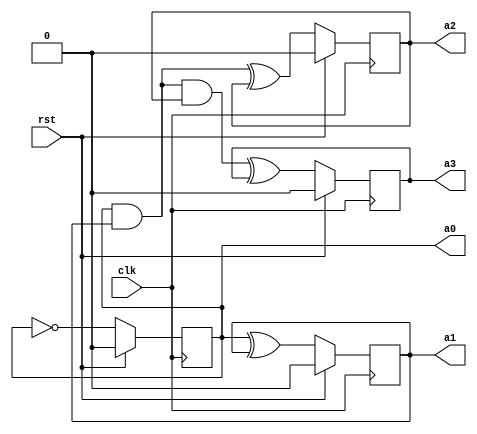
`timescale 1ns / 1ps

module counter4bit1(clk, rst, a0,a1,a2,a3
    );
	input clk, rst;
	output a0, a1, a2, a3;
	reg a0, a1, a2, a3;
	
	always @ (posedge clk)
    begin
      //a0 impl.
       if (rst)
         a0 <= 1'b0;
       else
         a0 <= ~a0;

       //a1 impl.
       if (rst)
         a1 <= 1'b0;
       else
         a1 <= a0 ^ a1;

       //a2 impl.
       if (rst)
         a2 <= 1'b0;
       else
         a2 <= (a0 & a1) ^ a2;

       //a3 impl.
       if (rst)
         a3 <= 1'b0;
       else
         a3 <= ((a0 & a1) & a2) ^ a3;
    end
endmodule